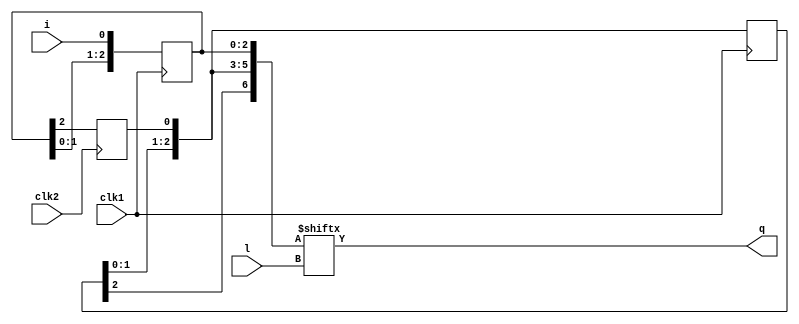
(* top *)
module multiclock_var_len (input clk1, clk2, i, input [2:0] l, output q);
reg [6:0] r;
always @(posedge clk1) begin
    r[2:0] <= {r[1:0], i};
    r[6:4] <= r[5:3];
end
always @(posedge clk2)
    r[3] <= r[2];
assign q = r[l];
endmodule

`ifndef _AUTOTB
module __test ;
    wire [4095:0] assert_area = "cd multiclock_var_len; select t:SRL* -assert-count 0; select t:FD* -assert-count 7";
endmodule
`endif